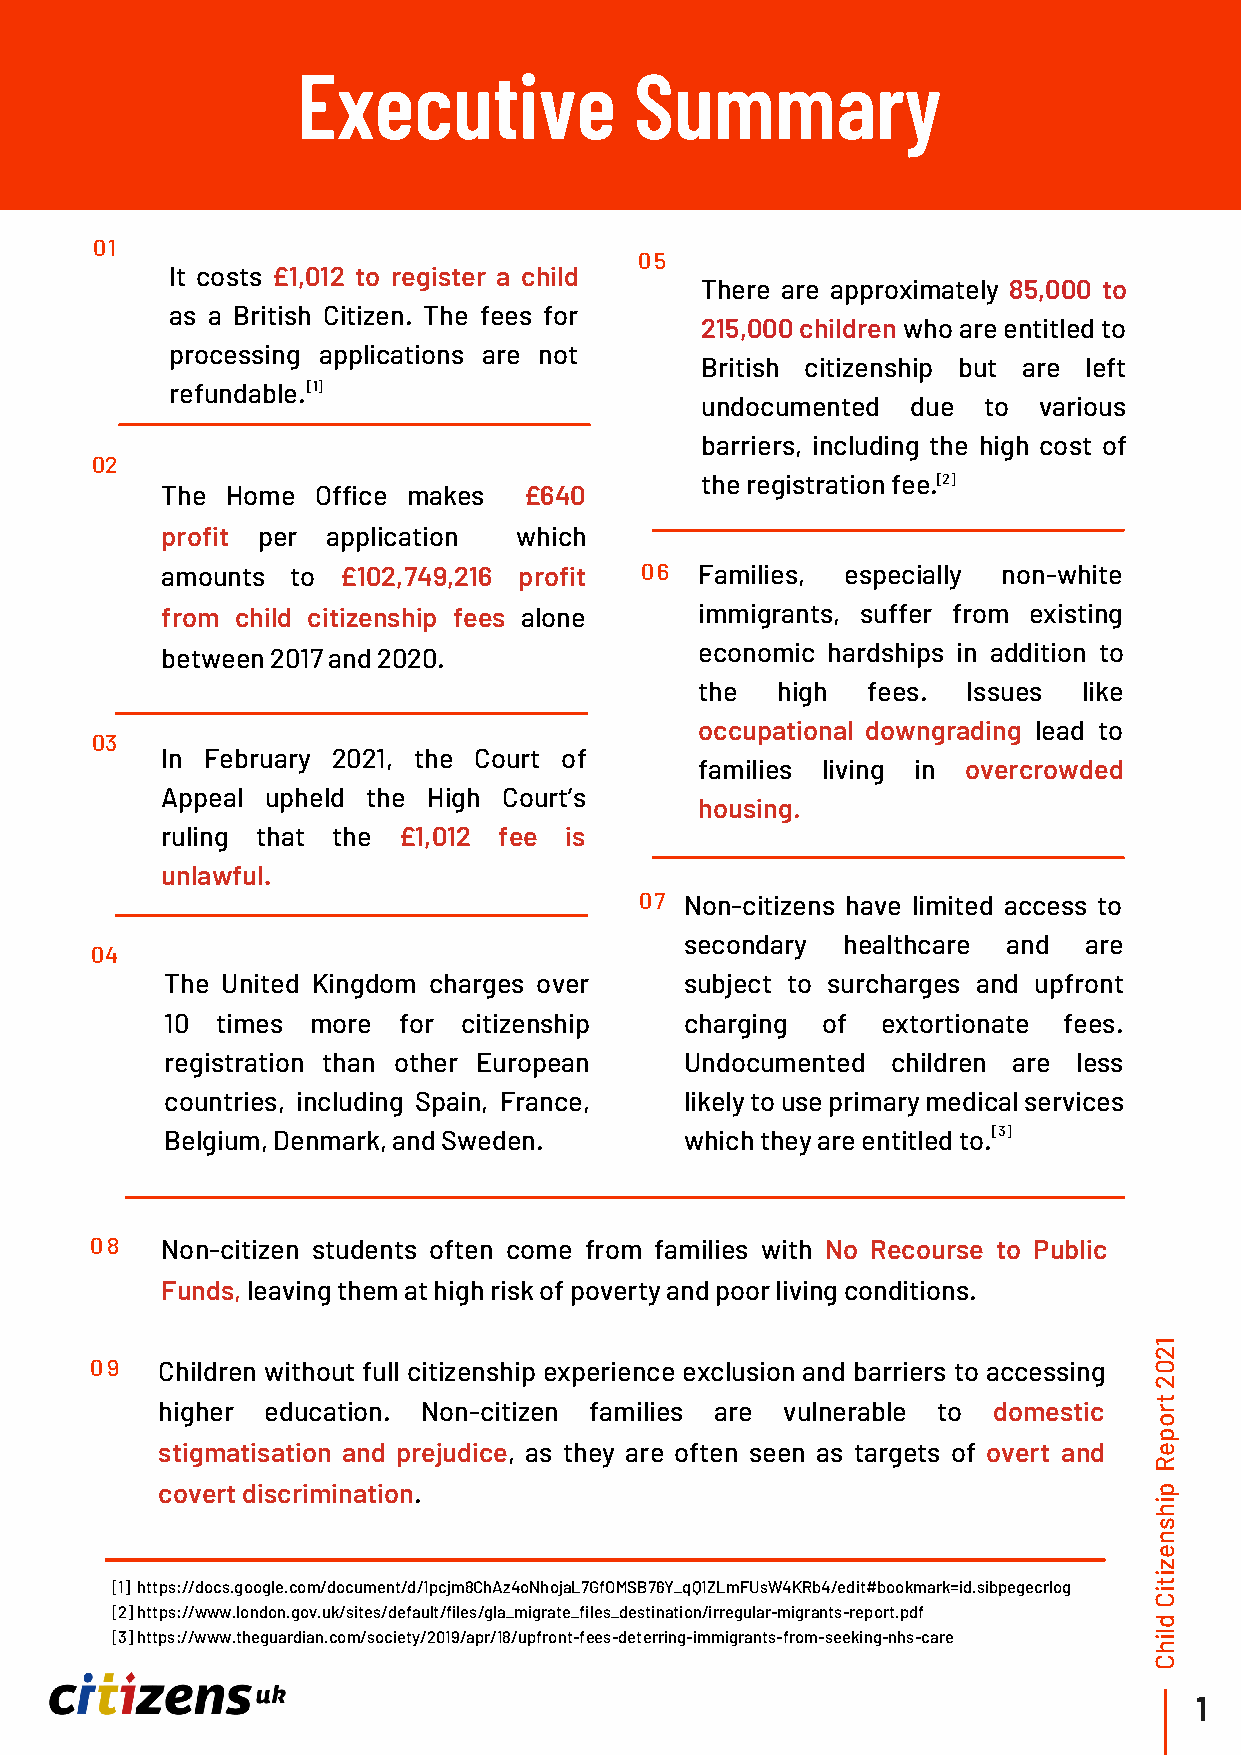
Executive             Summary
 01
 05
 It costs £1,012 to register a child
 There are approximately 85,000 to
 as a British Citizen. The fees for
 215,000 children who are entitled to
 processing applications are not
 British citizenship but are left
 refundable. [1]
 undocumented  due  to  various
 barriers, including the high cost of
 02
 the registration fee.[ 2]
 The Home  Office makes  £640
 profit per application which
 amounts to  £102,749,216 profit 06 Families, especially non-white
 from child citizenship fees alone  immigrants, suffer from existing
 between 2017 and 2020.             economic hardships in addition to
 the  high  fees.  Issues  like
 occupational downgrading lead to
 03
 In February 2021, the Court of
 families living in overcrowded
 Appeal upheld the High Court’s
 housing.
 ruling that the £1,012 fee is
 unlawful.
 07 Non-citizens have limited access to
 secondary  healthcare and  are
 04
 The United Kingdom charges over   subject to surcharges and upfront
 10 times  more for  citizenship   charging of  extortionate fees.
 registration than other European  Undocumented  children are less
 countries, including Spain, France, likely to use primary medical services
 Belgium, Denmark, and Sweden.     which they are entitled to. [3]
 08   Non-citizen students often come from families with No Recourse to Public
 Funds, leaving them at high risk of poverty and poor living conditions.
 1
 2
 09  Children without full citizenship experience exclusion and barriers to accessing 0
 2
 higher education. Non-citizen families are vulnerable to domestic rt
 o
 p
 stigmatisation and prejudice, as they are often seen as targets of overt and e
 R
 covert discrimination.                                            p
 i
 h
 s
 n
 e
 z
 i
 [1] https://docs.google.com/document/d/1pcjm8ChAz4oNhojaL7GfOMSB76Y_qQ1ZLmFUsW4KRb4/edit#bookmark=id.sibpegecrlog it
 C
 [2] https://www.london.gov.uk/sites/default/files/gla_migrate_files_destination/irregular-migrants-report.pdf
 d
 [3] https://www.theguardian.com/society/2019/apr/18/upfront-fees-deterring-immigrants-from-seeking-nhs-care il
 h
 C
 1